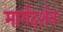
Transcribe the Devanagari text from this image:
मार्गदर्शनः